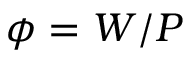
\phi = W / P